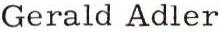
Gerald Adler